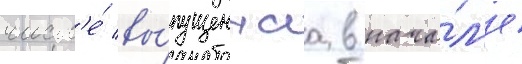
числ'е́ вы́пущеннаа в нача́л'е